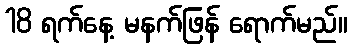
18 ရက်နေ့ မနက်ဖြန် ရောက်မည်။